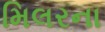
મિલરના